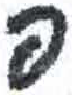
אות: פ